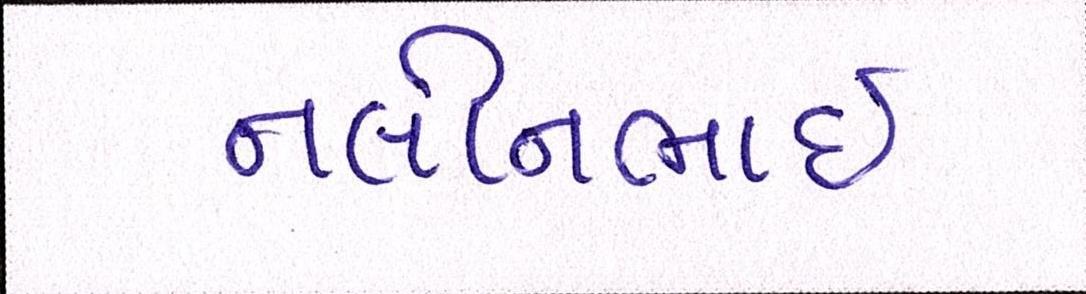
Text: નલીનભાઈ